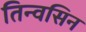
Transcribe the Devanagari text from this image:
तिन्वसिन